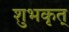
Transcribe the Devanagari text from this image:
शुभकृत्